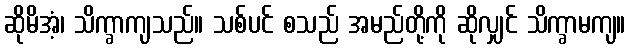
ဆိုမိအံ့၊ သိက္ခာကျသည်။ သစ်ပင် စသည် အမည်တို့ကို ဆိုလျှင် သိက္ခာမကျ။